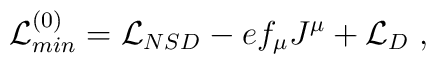
{\cal L}_{min}^{(0)} = {\cal L}_{NSD}  - e f_\mu J^\mu + {\cal L}_{D}  \; ,